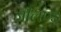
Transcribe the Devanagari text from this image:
जीलण्ड